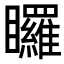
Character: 𭿳